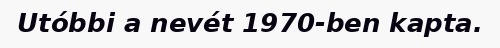
Utóbbi a nevét 1970-ben kapta.